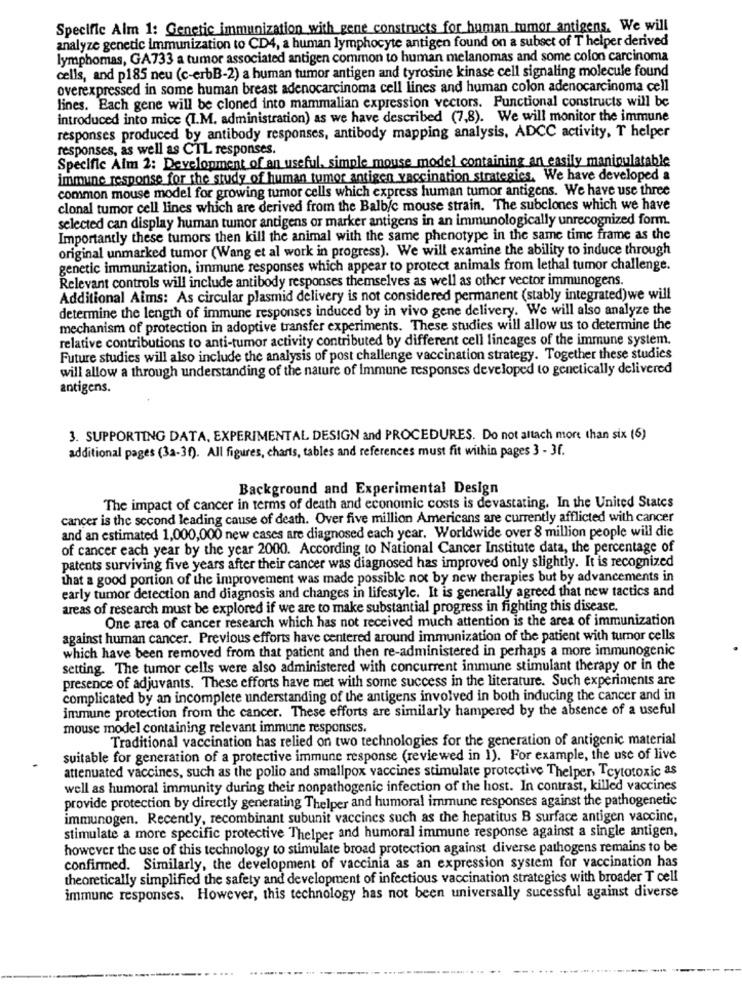
Specific Alm 1: Genetic immunization with gene constructs for human tumor antigens. We will
analyze genetic immunization to CD4, a human lymphocyte antigen found on a subset of T helper derived
lymphomas, GA733 a tumor associated antigen common to human melanomas and some colon carcinoma
cells, and p185 neu (c-erbB-2) a human tumor antigen and tyrosine kinase cell signaling molecule found
overexpressed in some human breast adenocarcinoma cell lines and human colon adenocarcinoma cell
lines. Each gene will be cloned into mammalian expression vectors. Functional constructs will be
introduced into mice (I.M. administration) as we have described (7,8). We will monitor the immune
responses produced by antibody responses, antibody mapping analysis, ADCC activity, T helper
responses, as well as CTL responses.
Specific Aim 2: Development of an useful, simple mouse model containing an easily manipulatable
immune response for the study of human tumor antigen vaccination strategies. We have developed a
common mouse model for growing tumor cells which express human tumor antigens. We have use three
clonal tumor cell lines which are derived from the Balb/c mouse strain. The subclones which we have
selected can display human tumor antigens or marker antigens in an immunologically unrecognized form.
Importantly these tumors then kill the animal with the same phenotype in the same time frame as the
original unmarked tumor (Wang et al work in progress). We will examine the ability to induce through
genetic immunization, immune responses which appear to protect animals from lethal tumor challenge.
Relevant controls will include antibody responses themselves as well as other vector immunogens.
Additional Aims: As circular plasmid delivery is not considered permanent (stably integrated)we will
determine the length of immune responses induced by in vivo gene delivery. We will also analyze the
mechanism of protection in adoptive transfer experiments. These studies will allow us to determine the
relative contributions to anti-tumor activity contributed by different cell lincages of the immune system.
Future studies will also include the analysis of post challenge vaccination strategy. Together these studies
will allow a through understanding of the nature of immune responses developed to genetically delivered
antigens.
3. SUPPORTING DATA, EXPERIMENTAL DESIGN and PROCEDURES. Do not altach more than six (6)
additional pages (3a-3f). All figures, charts, tables and references must fit within pages 3 - 3f.
Background and Experimental Design
The impact of cancer in terms of death and economic costs is devastating. In the United States
cancer is the second leading cause of death. Over five million Americans are currently afflicted with cancer
and an estimated 1,000,000 new cases are diagnosed each year. Worldwide over 8 million people will die
of cancer each year by the year 2000. According to National Cancer Institute data, the percentage of
patents surviving five years after their cancer was diagnosed has improved only slightly. It is recognized
that a good portion of the improvement was made possible not by new therapies but by advancements in
early tumor detection and diagnosis and changes in lifestyle. It is generally agreed that new tactics and
areas of research must be explored if we are to make substantial progress in fighting this disease.
One area of cancer research which has not received much attention is the area of immunization
against human cancer. Previous efforts have centered around immunization of the patient with tumor cells
which have been removed from that patient and then re-administered in perhaps a more immunogenic
setting. The tumor cells were also administered with concurrent immune stimulant therapy or in the
presence of adjuvants. These efforts have met with some success in the literature. Such experiments are
complicated by an incomplete understanding of the antigens involved in both inducing the cancer and in
immune protection from the cancer. These efforts are similarly hampered by the absence of a useful
mouse model containing relevant immune responses.
Traditional vaccination has relied on two technologies for the generation of antigenic material
suitable for generation of a protective immune response (reviewed in 1). For example, the use of live
attenuated vaccines, such as the polio and smallpox vaccines stimulate protective Thelper, Tcytotoxic as
well as humoral immunity during their nonpathogenic infection of the host. In contrast, killed vaccines
provide protection by directly generating Thelper and humoral immune responses against the pathogenetic
immunogen. Recently, recombinant subunit vaccines such as the hepatitus B surface antigen vaccine,
stimulate a more specific protective Thelper and humoral immune response against a single antigen,
however the use of this technology to stimulate broad protection against diverse pathogens remains to be
confirmed. Similarly, the development of vaccinia as an expression system for vaccination has
theoretically simplified the safety and development of infectious vaccination strategies with broader T cell
immune responses. However, this technology has not been universally sucessful against diverse